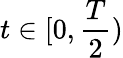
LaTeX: t\in[0,\frac{T}{2})